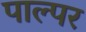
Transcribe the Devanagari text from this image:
पाल्पर